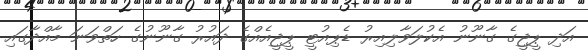
އަދި ޕީޖީގެ ގާނޫނު އެކުލަވާލިއިރު ޑެޕިއުޓީ ޕީޖީއެއްގެ ދައުރު ގާނޫނުގެ ހަތްވަނަ މާއްދާގައި